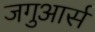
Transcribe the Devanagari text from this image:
जगुआर्स